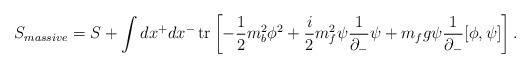
LaTeX: \begin{align*}S_{massive} =S+ \int dx^{+}dx^{-} \, {\rm tr}\left[-\frac{1}{2}m_{b}^{2} \phi^{2}+\frac{i}{2}m_{f}^{2}\psi\frac{1}{\partial_{-}}\psi+m_{f}g\psi \frac{1}{\partial_{-}} [\phi , \psi]\right].\end{align*}